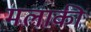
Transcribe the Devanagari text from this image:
मलाकी